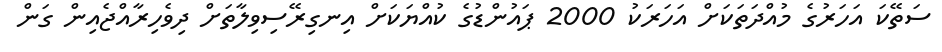
ސަތޭކަ އަހަރުގެ މުއްދަތަކަށް އަހަރަކު 2000 ޕައުންޑުގެ ކުއްޔަކަށް އިނގިރޭސިވިލާތަށް ދިވެހިރާއްޖެއިން ގަން